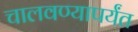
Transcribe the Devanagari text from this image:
चालवण्यापर्यंत